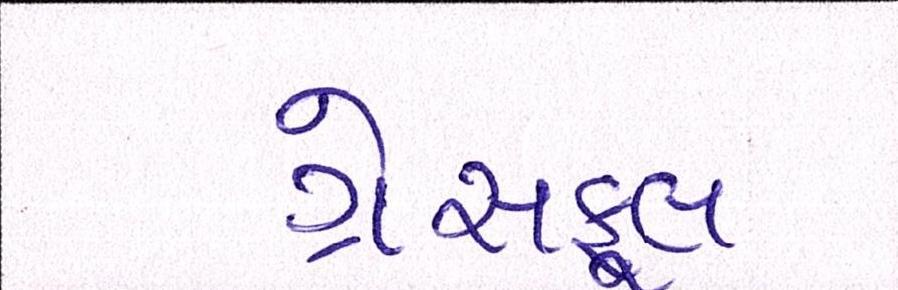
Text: ગ્રેસફૂલ